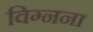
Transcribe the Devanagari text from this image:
विग्नना